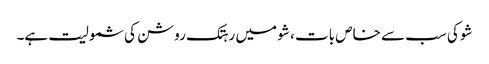
شو کی سب سے خاص بات ، شو میں رہتک روشن کی شمولیت ہے۔